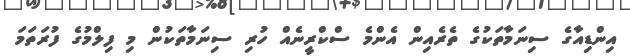
އިންޑިއާގެ ސިނަމާތަކުގެ ތެރެއިން އެންމެ ސްކްރީނެއް ހުރި ސިނަމާތަކުން މި ފިލްމުގެ ފުރަތަމަ